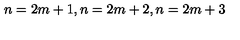
n = 2 m + 1 , n = 2 m + 2 , n = 2 m + 3